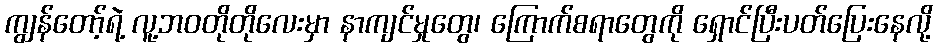
ကျွန်တော့်ရဲ့ လူ့ဘဝတိုတိုလေးမှာ နာကျင်မှုတွေ၊ ကြောက်စရာတွေကို ရှောင်ပြီးပတ်ပြေးနေလို့